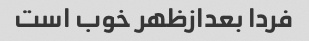
فردا بعدازظهر خوب است